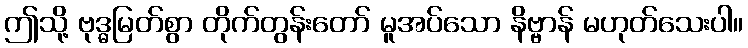
ဤသို့ ဗုဒ္ဓမြတ်စွာ တိုက်တွန်းတော် မူအပ်သော နိဗ္ဗာန် မဟုတ်သေးပါ။